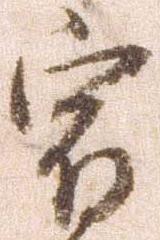
宿